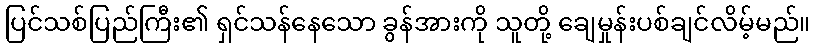
ပြင်သစ်ပြည်ကြီး၏ ရှင်သန်နေသော ခွန်အားကို သူတို့ ချေမှုန်းပစ်ချင်လိမ့်မည်။